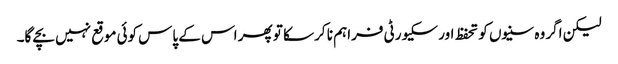
لیکن اگر وہ سنیوں کو تحفظ اور سکیورٹی فراہم نا کر سکا تو پھر اس کے پاس کوئی موقع نہیں بچے گا۔